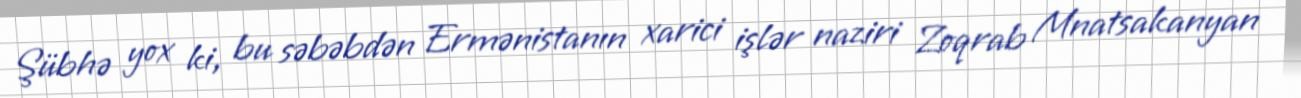
Şübhə yox ki, bu səbəbdən Ermənistanın xarici işlər naziri Zoqrab Mnatsakanyan